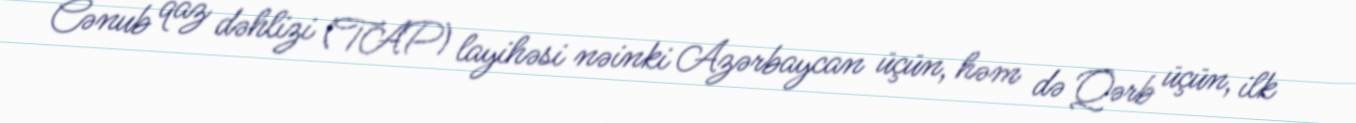
Cənub qaz dəhlizi (TAP) layihəsi nəinki Azərbaycan üçün, həm də Qərb üçün, ilk